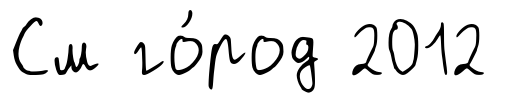
См го́род 2012